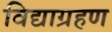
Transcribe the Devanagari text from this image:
विद्याग्रहण